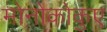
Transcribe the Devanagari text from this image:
मोनोकोकुए